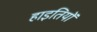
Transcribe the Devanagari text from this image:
हाइतियों